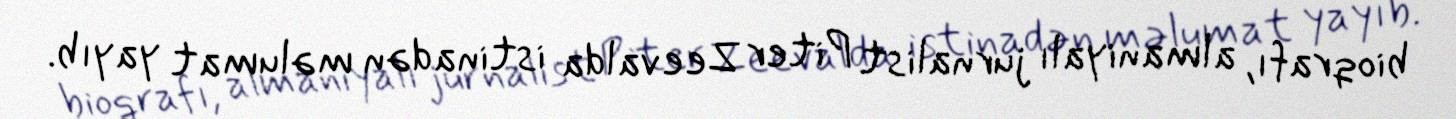
bioqrafı, almaniyalı jurnalist Piter Zeevalda istinadən məlumat yayıb.